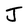
Character: J